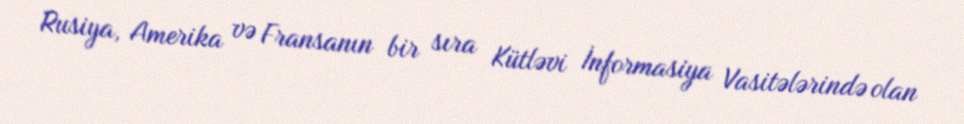
Rusiya, Amerika və Fransanın bir sıra Kütləvi İnformasiya Vasitələrində olan